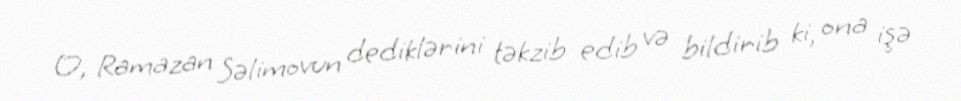
O, Ramazan Səlimovun dediklərini təkzib edib və bildirib ki, ona işə